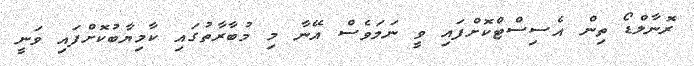
ރޮނާލްޑޯ ތިން އެސިސްޓްކޮށްފައި ވީ ނަމަވެސް އޭނާ މި މުބާރާތުގައި ކާމިޔާބުކޮށްފައި ވަނީ